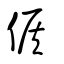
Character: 候